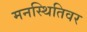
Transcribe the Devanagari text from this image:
मनस्थितिवर